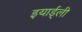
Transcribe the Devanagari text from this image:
इयार्ड्ली